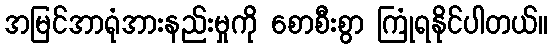
အမြင်အာရုံအားနည်းမှုကို စောစီးစွာ ကြုံရနိုင်ပါတယ်။